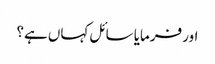
اور فرمایا سائل کہاں ہے؟